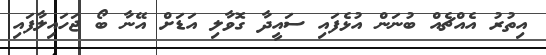
އިތުރު އެއްޗެއް ބުނަން އުޅެފައި ސައީދާ ގޮވާލި އަޑަށް އޭނާ ބޯ ޖަހައިލާފައި